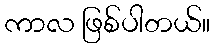
ကာလ ဖြစ်ပါတယ်။